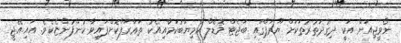
ނޯވީޖިއަން އަކީ ދިގުދަތުރުތަކަށް ޔޫރަޕްގައި ބަޖެޓް މޮޑެލް ކާމިޔާބުކަމާއިއެކު ތަޢާރަފްކޮށްފައިވާ ކުންފުންޏެކެވެ. އައި.އޭ.ޖީ